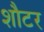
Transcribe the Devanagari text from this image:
शौटर